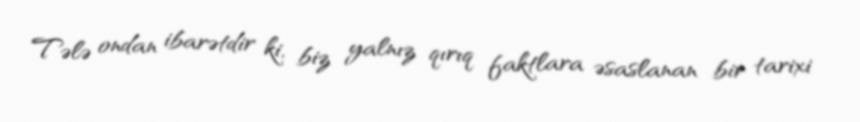
Tələ ondan ibarətdir ki, biz yalnız qırıq faktlara əsaslanan bir tarixi